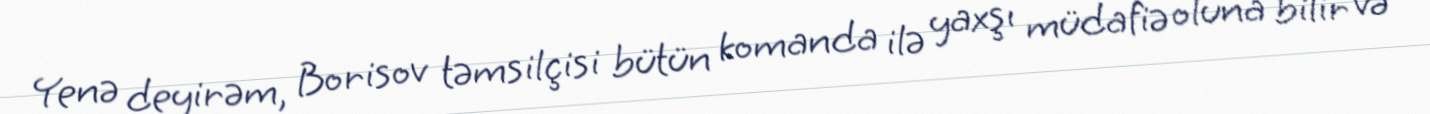
Yenə deyirəm, Borisov təmsilçisi bütün komanda ilə yaxşı müdafiə oluna bilir və